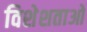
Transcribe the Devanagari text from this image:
विशेशताओ